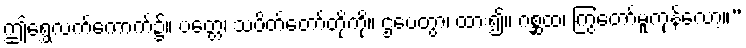
ဤရွှေလက်ကောက်၌။ ပတ္တေ၊ သပိတ်တော်တို့ကို။ ဌပေတွာ၊ ထား၍။ ဂစ္ဆထ၊ ကြွတော်မူကုန်လော့။”